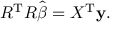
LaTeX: R ^ { \mathrm { { T } } } R { \hat { \boldsymbol { \beta } } } = X ^ { \mathrm { { T } } } \mathbf { y } .